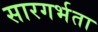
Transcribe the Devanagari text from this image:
सारगर्भता